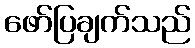
ဖော်ပြချက်သည်